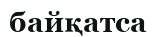
байқатса